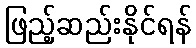
ဖြည့်ဆည်းနိုင်ရန်